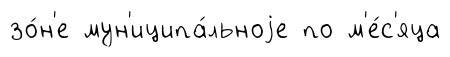
зо́н'е мун'иципа́льноjе по м'е́с'яца